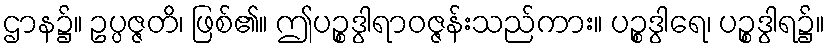
ဌာန၌။ ဥပ္ပဇ္ဇတိ၊ ဖြစ်၏။ ဤပဉ္စဒွါရာဝဇ္ဇန်းသည်ကား။ ပဉ္စဒွါရေ၊ ပဉ္စဒွါရ၌။